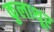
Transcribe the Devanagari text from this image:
कुलाथूर